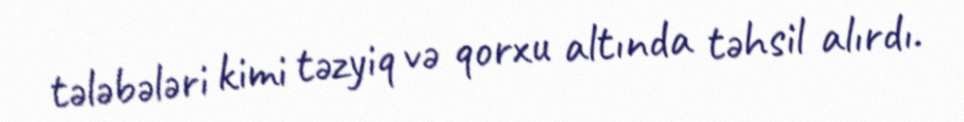
tələbələri kimi təzyiq və qorxu altında təhsil alırdı.